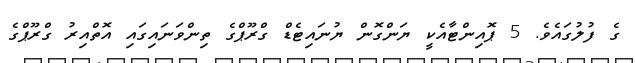
ގެ ފުލުގައެވެ. 5 ޕޮއިންޓާއެކީ ޔަންގޮން ޔުނައިޓެޑް ގްރޫޕްގެ ތިންވަނައިގައި އޮތްއިރު ގްރޫޕްގެ